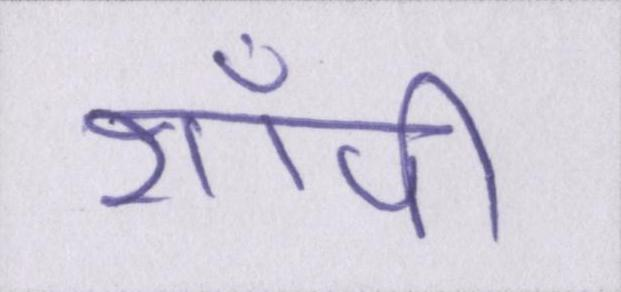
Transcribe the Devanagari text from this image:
शॉपी